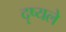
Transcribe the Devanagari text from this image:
दृष्यले